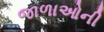
જાળાઓની